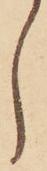
し